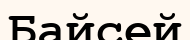
Байсей